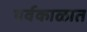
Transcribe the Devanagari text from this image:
पर्वकाळात